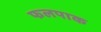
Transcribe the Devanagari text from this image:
फलपाक